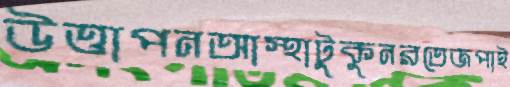
উত্তাপনআস্থাটুকুনরতেজপাই